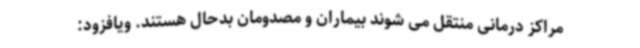
مراکز درمانی منتقل می شوند بیماران و مصدومان بدحال هستند. ویافزود: